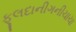
ફૂલદાનીગનીચાચા